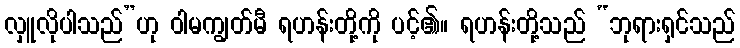
လှူလိုပါသည်”ဟု ဝါမကျွတ်မီ ရဟန်းတို့ကို ပင့်၏။ ရဟန်းတို့သည် “ဘုရားရှင်သည်